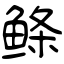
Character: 鲦